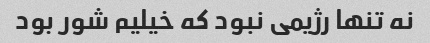
نه تنها رژیمی نبود که خیلیم شور بود